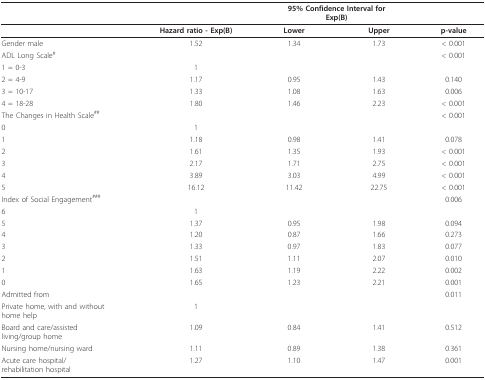
|  |  | <COLSPAN=2> 95% Confidence Interval for Exp(B) |  |
 | --- | --- | --- | --- | --- |
 |  | Hazard ratio - Exp(B) | Lower | Upper | p-value |
 | Gender male | 1.52 | 1.34 | 1.73 | < 0.001 |
 | ADL Long Scale# |  |  |  | < 0.001 |
 | 1 = 0-3 | 1 |  |  |  |
 | 2 = 4-9 | 1.17 | 0.95 | 1.43 | 0.140 |
 | 3 = 10-17 | 1.33 | 1.08 | 1.63 | 0.006 |
 | 4 = 18-28 | 1.80 | 1.46 | 2.23 | < 0.001 |
 | The Changes in Health Scale## |  |  |  | < 0.001 |
 | 0 | 1 |  |  |  |
 | 1 | 1.18 | 0.98 | 1.41 | 0.078 |
 | 2 | 1.61 | 1.35 | 1.93 | < 0.001 |
 | 3 | 2.17 | 1.71 | 2.75 | < 0.001 |
 | 4 | 3.89 | 3.03 | 4.99 | < 0.001 |
 | 5 | 16.12 | 11.42 | 22.75 | < 0.001 |
 | Index of Social Engagement### |  |  |  | 0.006 |
 | 6 | 1 |  |  |  |
 | 5 | 1.37 | 0.95 | 1.98 | 0.094 |
 | 4 | 1.20 | 0.87 | 1.66 | 0.273 |
 | 3 | 1.33 | 0.97 | 1.83 | 0.077 |
 | 2 | 1.51 | 1.11 | 2.07 | 0.010 |
 | 1 | 1.63 | 1.19 | 2.22 | 0.002 |
 | 0 | 1.65 | 1.23 | 2.21 | 0.001 |
 | Admitted from |  |  |  | 0.011 |
 | Private home, with and without home help | 1 |  |  |  |
 | Board and care/assisted living/group home | 1.09 | 0.84 | 1.41 | 0.512 |
 | Nursing home/nursing ward | 1.11 | 0.89 | 1.38 | 0.361 |
 | Acute care hospital/ rehabilitation hospital | 1.27 | 1.10 | 1.47 | 0.001 |